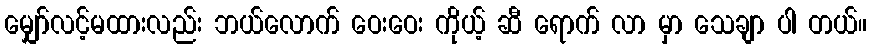
မျှော်လင့်မထားလည်း ဘယ်လောက် ဝေးဝေး ကိုယ့် ဆီ ရောက် လာ မှာ သေချာ ပါ တယ်။